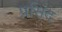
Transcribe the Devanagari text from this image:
प्रसिंद